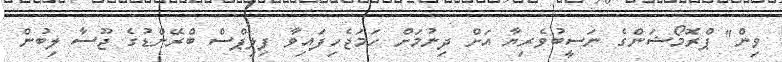
ވިން" ޕްރޮމޯޝަންގެ ނަސީބުވެރިޔާ އަށް ދިނުމަށް ހަމަޖެހިފައިވާ ފިލިޕްސް ބްރޭންޑުގެ ޖޫސާ ލިބުން